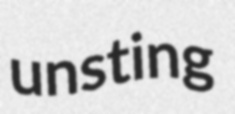
unsting